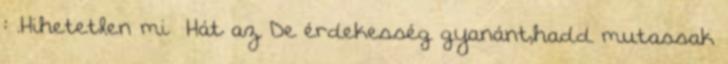
: .Hihetetlen mi Hát az De érdekesség gyanánt,hadd mutassak